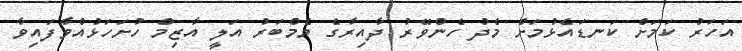
އަހަރު ކަމަށް ކަނޑައެޅުމަށް މެދު ހެންވޭރު ދާއިރާގެ މެމްބަރު އަލީ އާޒިމް ހުށަހަޅުއްވާފައިވާ